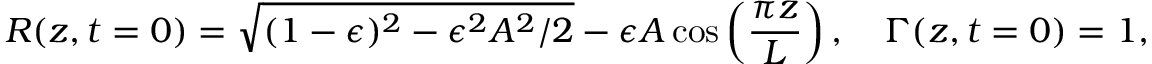
R ( z , t = 0 ) = \sqrt { ( 1 - \epsilon ) ^ { 2 } - \epsilon ^ { 2 } A ^ { 2 } / 2 } - \epsilon A \cos \left( \frac { \pi z } { L } \right) , \quad \Gamma ( z , t = 0 ) = 1 ,